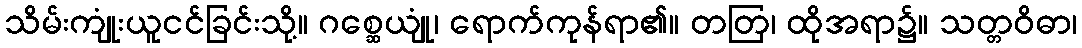
သိမ်းကျုံးယူငင်ခြင်းသို့။ ဂစ္ဆေယျုံ၊ ရောက်ကုန်ရာ၏။ တတြ၊ ထိုအရာ၌။ သတ္တဝိဓာ၊